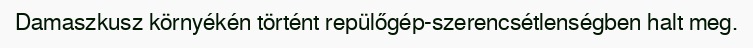
Damaszkusz környékén történt repülőgép-szerencsétlenségben halt meg.